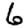
Digit: 6